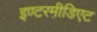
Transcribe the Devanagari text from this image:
इण्टरमी़डिएट